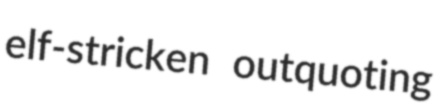
elf-stricken outquoting